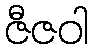
ဇီဇဝါ